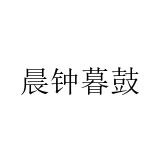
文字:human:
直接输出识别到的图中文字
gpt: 晨钟暮鼓